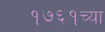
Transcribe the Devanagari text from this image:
१७६१च्या